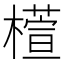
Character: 𣜯